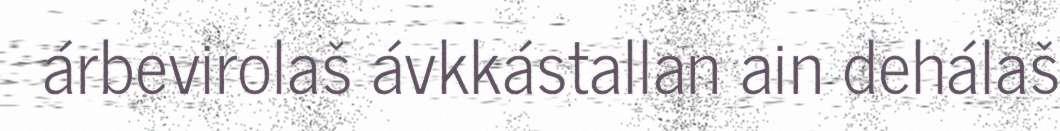
árbevirolaš ávkkástallan ain dehálaš